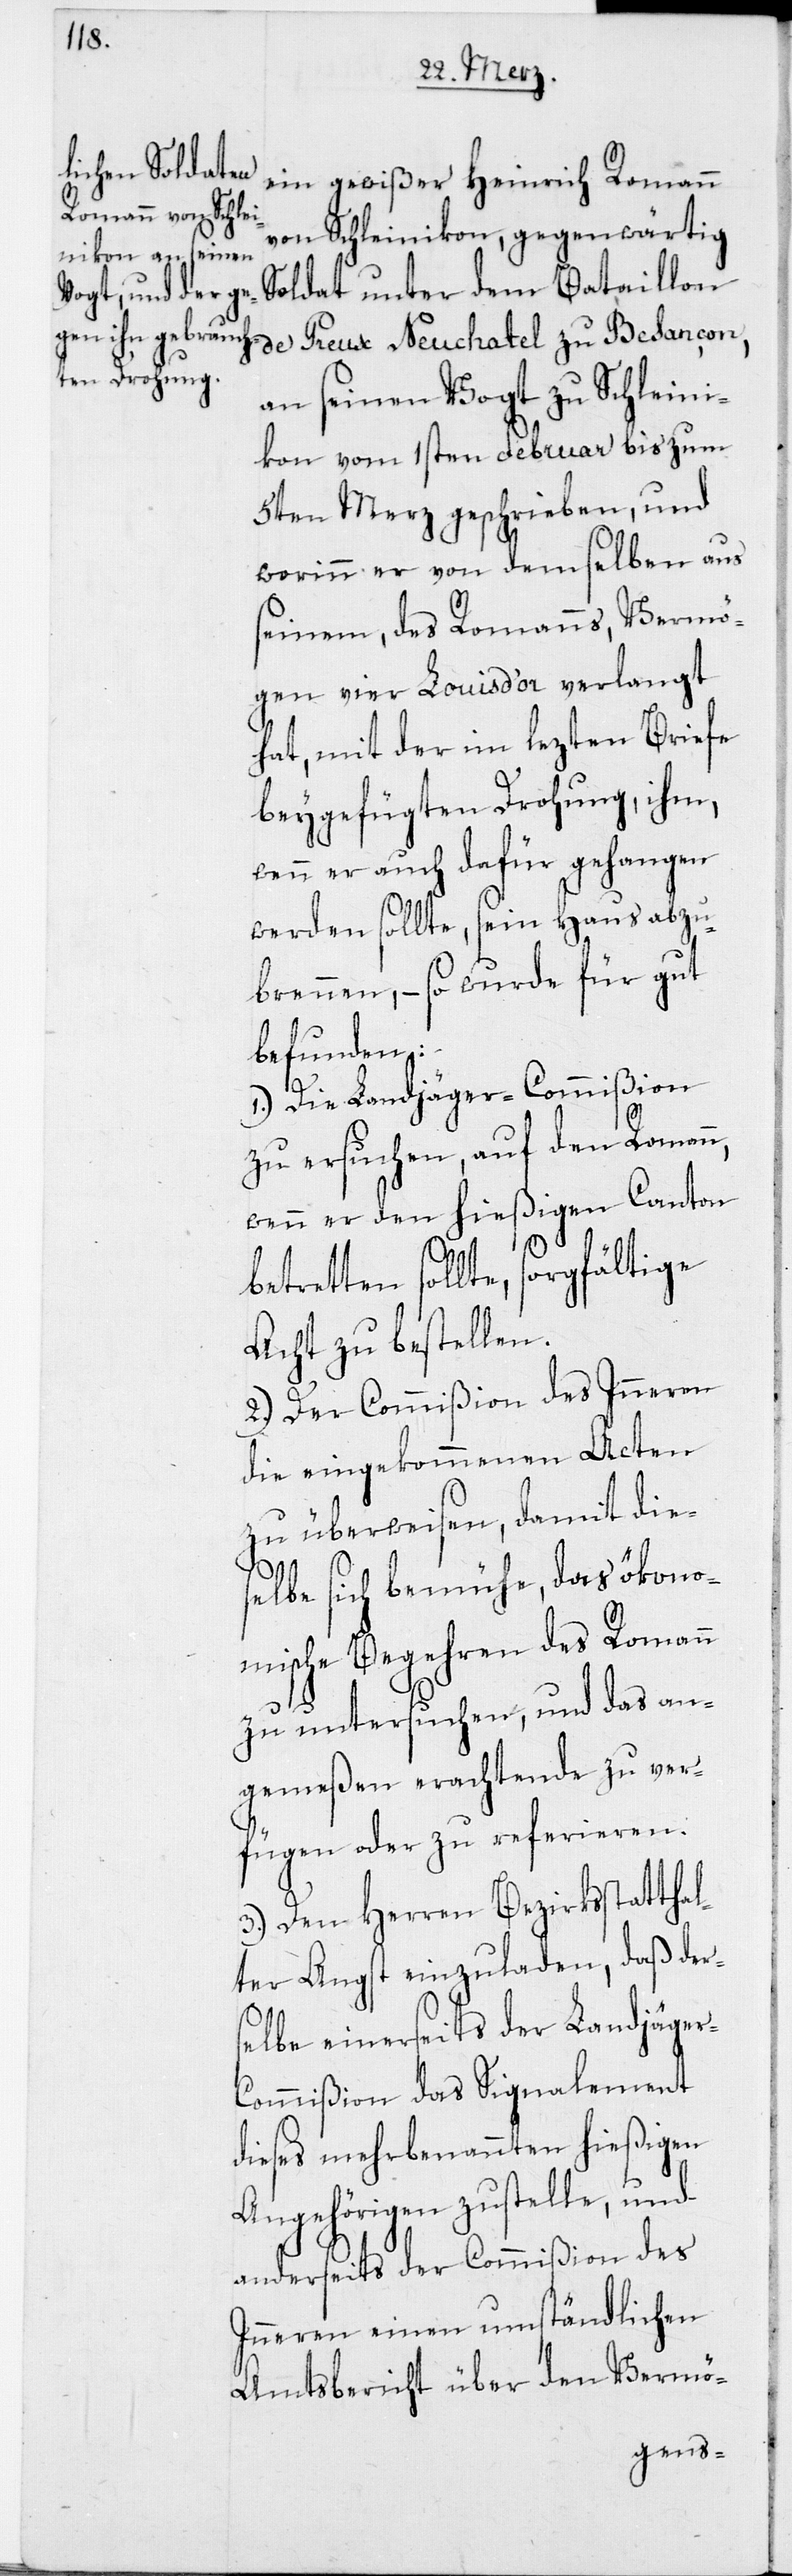
ein gewißer Heinrich Romann
von Schleinikon, gegenwärtig
Soldat unter dem Bataillon
de Preux Neuchatel zu Besançon,
an seinen Vogt zu Schleini¬
kon vom 1sten Februar bis zum
5ten Merz geschrieben, und
worinn er von demselben aus
seinem, des Romanns, Vermö¬
gen vier Louis d’or verlangt
hat, mit der im lezten Briefe
beygefügten Drohung, ihm,
wenn er auch dafür gehangen
werden sollte, sein Haus abzu¬
brennen, – so wurde für gut
befunden:
1.) Die Landjäger-Commißion
zu ersuchen, auf den Romann,
wenn er den hießigen Canton
betretten sollte, sorgfältige
Acht zu bestellen.
2.) Der Commißion des Inneren
die eingekommenen Acten
zu überweisen, damit die¬
selbe sich bemühe, das ökono¬
mische Begehren des Romann
zu untersuchen, und das an¬
gemeßen erachtende zu ver¬
fügen oder zu referieren.
3.) Den Herren Bezirksstatthal¬
ter Angst einzuladen, daß der¬
selbe einerseits der Landjäge¬
r-Commißion das Signalement
dieses mehrbenannten hießigen
Angehörigen zustelle, und
anderseits der Commißion des
Inneren einen umständlichen
Amtsbericht über den Vermö-